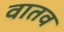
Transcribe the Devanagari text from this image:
वातव